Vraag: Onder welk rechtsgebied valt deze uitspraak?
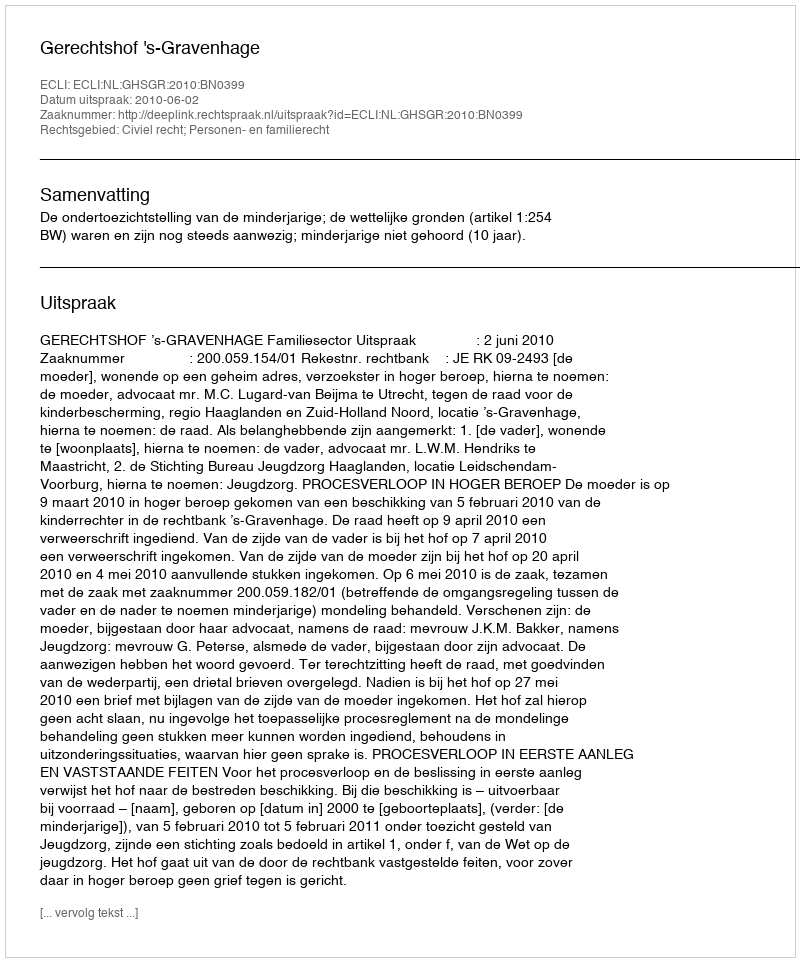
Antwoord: Civiel recht; Personen- en familierecht